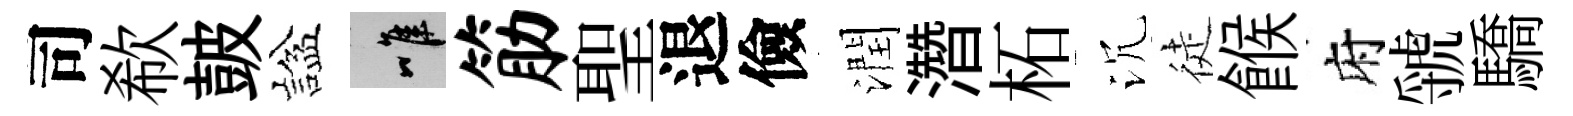
司欷皷諡唯筋聖退儉潤濳柘沉徒餱府虢驕